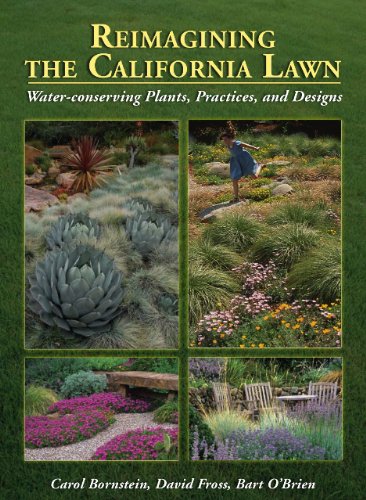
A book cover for Reimagining the California Lawn:Water-conserving Plants, Practices, and Designs; Carol Bornstein; Crafts, Hobbies & Home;